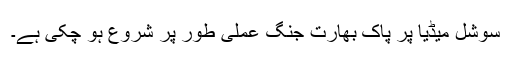
سوشل میڈیا پر پاک بھارت جنگ عملی طور پر شروع ہو چکی ہے۔